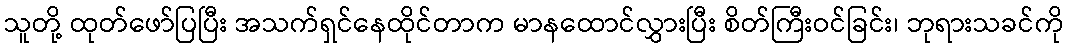
သူတို့ ထုတ်ဖော်ပြပြီး အသက်ရှင်နေထိုင်တာက မာနထောင်လွှားပြီး စိတ်ကြီးဝင်ခြင်း၊ ဘုရားသခင်ကို